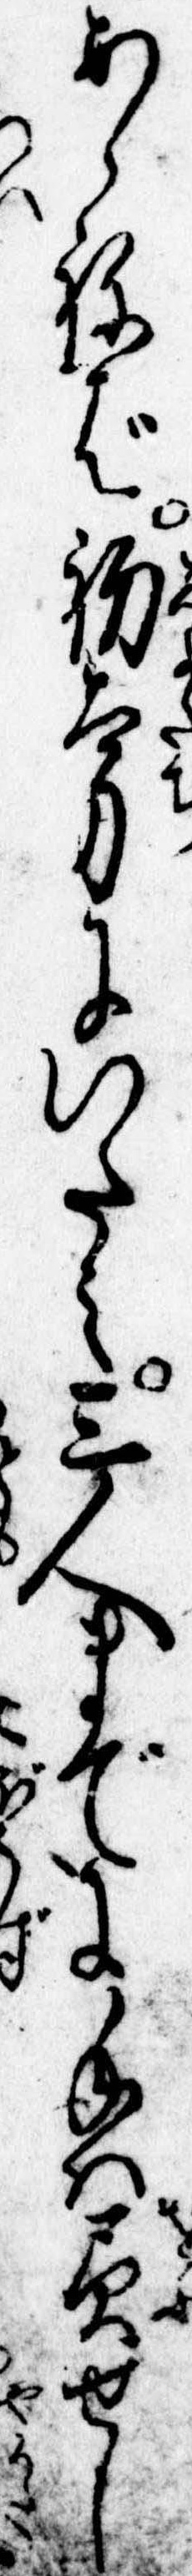
あらねば初太刀にいたみ三人までに手は負せし